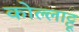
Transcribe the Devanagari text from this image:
कोल्लाट्टू